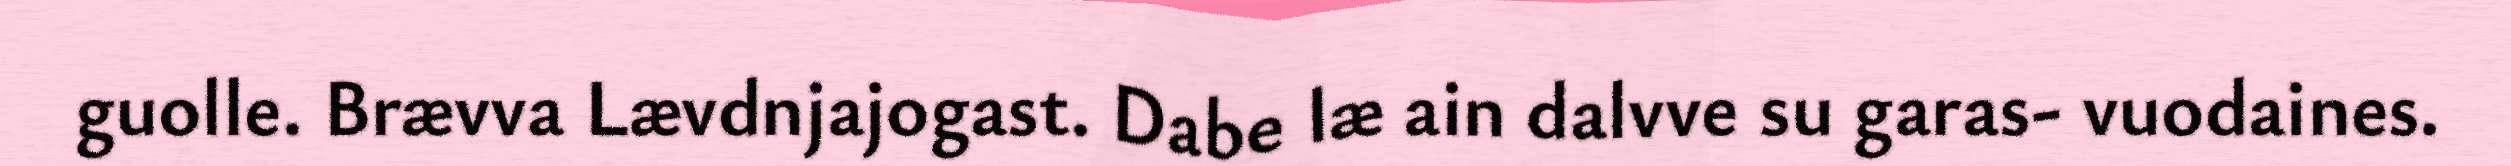
guolle. Brævva Lævdnjajogast. Dabe læ ain dalvve su garas- vuodaines.